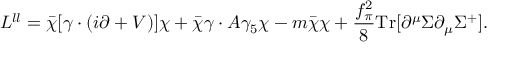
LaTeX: { \cal L } ^ { l l } = \bar { \chi } [ \gamma \cdot ( i \partial + { \cal V } ) ] \chi + \bar { \chi } \gamma \cdot { \cal A } \gamma _ { 5 } \chi - m \bar { \chi } \chi + \frac { f _ { \pi } ^ { 2 } } { 8 } \mathrm { T r } [ \partial ^ { \mu } \Sigma \partial _ { \mu } \Sigma ^ { + } ] .